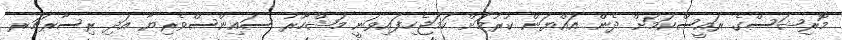
މޮރިޝަސްގެ ރައީސްކަމަށް ދެން އައްޔަން ކުރުމަށް ހަމަޖެހިފައިވަނީ މަޝްހޫރު ސައިންސްވެރިޔާ އަދި ރިސާރޗަރ